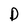
Character: D